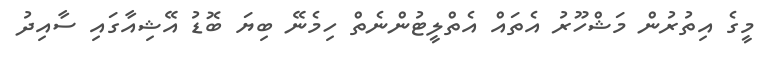
މީގެ އިތުރުން މަޝްހޫރު އެތައް އެތްލީޓުންނެތް ހިމެނޭ ބިޔަ ބޮޑު އޭޝިއާގައި ސާއިދު